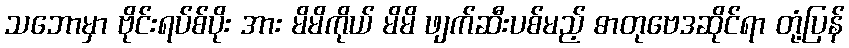
သဘောမှာ ဗိုင်းရပ်စ်ပိုး အား မိမိကိုယ် မိမိ ဖျက်ဆီးပစ်မည့် ဓာတုဗေဒဆိုင်ရာ တုံ့ပြန်